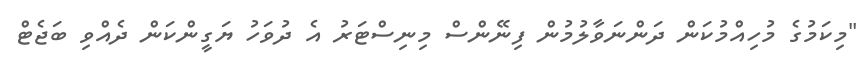
"މިކަމުގެ މުހިއްމުކަން ދަންނަވާލުމުން ފިނޭންސް މިނިސްޓަރު އެ ދުވަހު ޔަގީންކަން ދެއްވި ބަޖެޓް